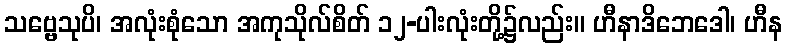
သဗ္ဗေသုပိ၊ အလုံးစုံသော အကုသိုလ်စိတ် ၁၂-ပါးလုံးတို့၌လည်း။ ဟီနာဒိဘေဒေါ၊ ဟီန